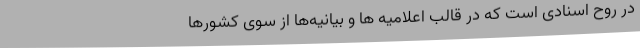
در روح اسنادی است که در قالب اعلامیه ها و بیانیه‌ها از سوی کشورها